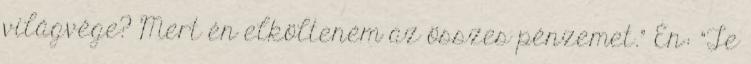
világvége? Mert én elkölteném az összes pénzemet." Én: "Te